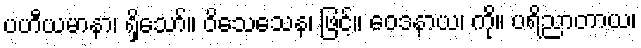
ပဟီယမာနာ၊ ရှိသော်။ ဝိသေသေန၊ ဖြင့်။ ဝေဒနာယ၊ ကို။ ပရိညာတာယ၊